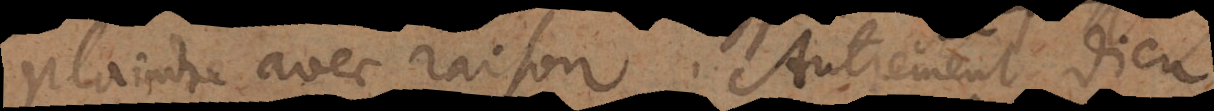
plaindre avec raison. Autrement Dieu